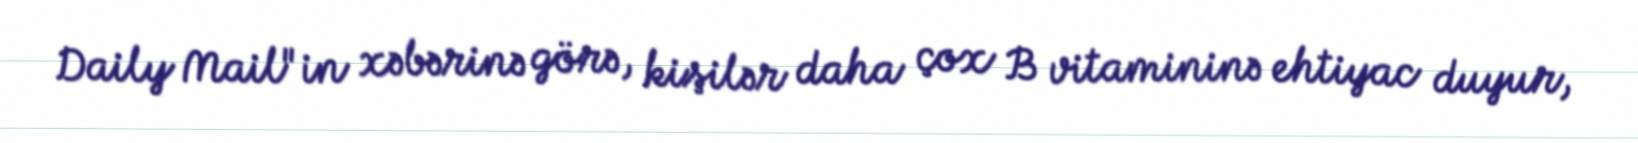
Daily Mail"in xəbərinə görə, kişilər daha çox B vitamininə ehtiyac duyur,